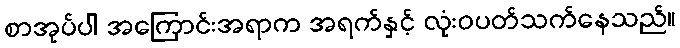
စာအုပ်ပါ အကြောင်းအရာက အရက်နှင့် လုံးဝပတ်သက်နေသည်။